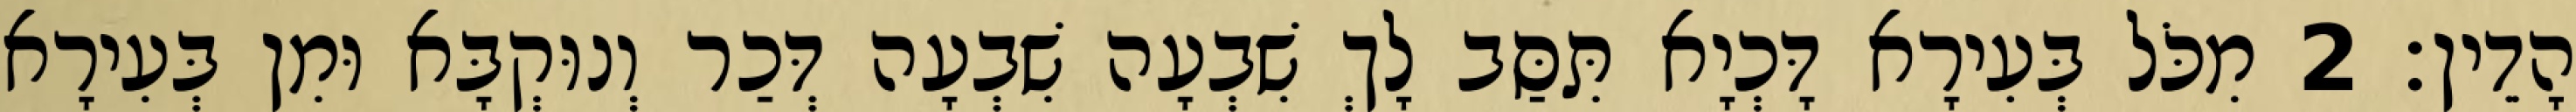
הָדֵין׃ 2 מִכֹּל בְּעִירָא דָּכְיָא תִּסַּב לָךְ שִׁבְעָה שִׁבְעָה דְּכַר וְנוּקְבָּא וּמִן בְּעִירָא